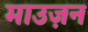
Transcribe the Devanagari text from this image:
माउज़न